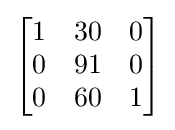
{\begin{bmatrix}1&30&0\\0&91&0\\0&60&1\end{bmatrix}}